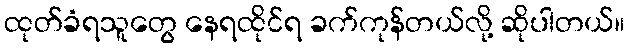
ထုတ်ခံရသူတွေ နေရထိုင်ရ ခက်ကုန်တယ်လို့ ဆိုပါတယ်။